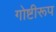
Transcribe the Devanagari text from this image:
गोष्टीरूप